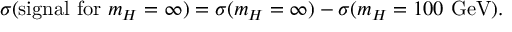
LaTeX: \sigma ( \mathrm { s i g n a l ~ f o r ~ } m _ { H } = \infty ) = \sigma ( m _ { H } = \infty ) - \sigma ( m _ { H } = 1 0 0 \mathrm { ~ G e V } ) .